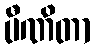
ပီဏိတာ